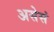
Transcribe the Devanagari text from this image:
असेसं